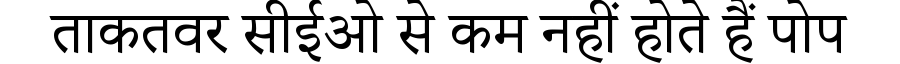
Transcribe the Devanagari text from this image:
ताकतवर सीईओ से कम नहीं होते हैं पोप